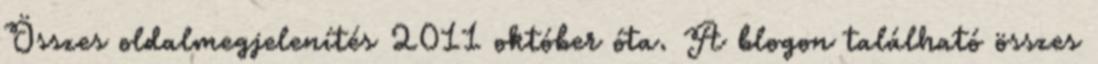
Összes oldalmegjelenítés 2011 október óta. A blogon található összes